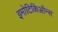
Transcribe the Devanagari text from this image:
इमोटिकिऑन्स